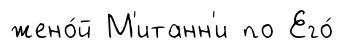
жено́й М'итанн'и по Его́